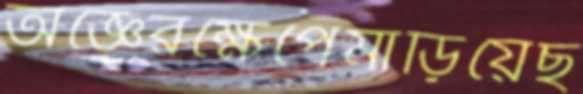
অজ্ঞেরক্ষেপেমাড়িয়েছ